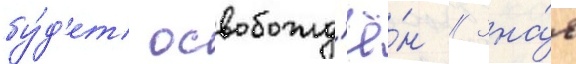
бу́д'ет освобожд'ё́н // Зна́я